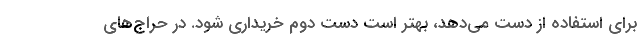
برای استفاده از دست می‌دهد، بهتر است دست دوم خریداری شود. در حراج‌های